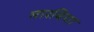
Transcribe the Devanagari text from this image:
मारविया